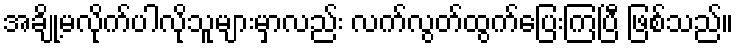
အချို့မလိုက်ပါလိုသူများမှာလည်း လက်လွတ်ထွက်ပြေးကြပြီ ဖြစ်သည်။